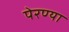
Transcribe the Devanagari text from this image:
पेरण्या